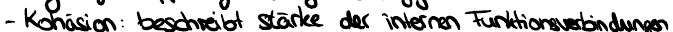
- Kohäsion: beschreibt stärke der internen Funktionsverbindungen